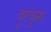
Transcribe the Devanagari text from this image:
दुरचुना